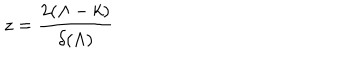
z = \frac { 2 ( \Lambda - k ) } { \delta ( \Lambda ) }